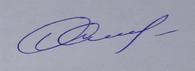
Signature authenticity: genuine